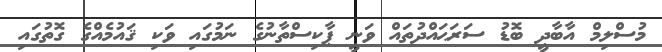
މުސްލިމް އާބާދީ ބޮޑު ސަރަޙައްދުތައް ވަނީ ޕާކިސްތާނުގެ ނަމުގައި ވަކި ޤައުމެއްގެ ގޮތުގައި